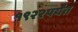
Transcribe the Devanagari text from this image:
१९२२पर्यंत